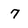
Character: 7